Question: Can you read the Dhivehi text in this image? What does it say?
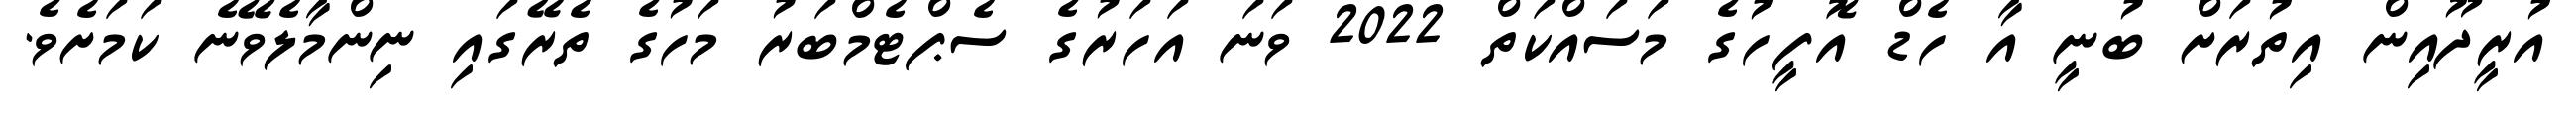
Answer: އުރީދޫއިން އިތުރަށް ބުނީ އާ ހެޑް އޮފީހުގެ މަސައްކަތް 2022 ވަނަ އަހަރުގެ ސެޕްޓެމްބަރު މަހުގެ ތެރޭގައި ނިންމާލެވޭނެ ކަމަށެވެ.